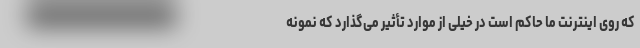
که روی اینترنت ما حاکم است در خیلی از موارد تأثیر می‌گذارد که نمونه